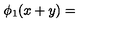
\phi _ { 1 } ( x + y ) =